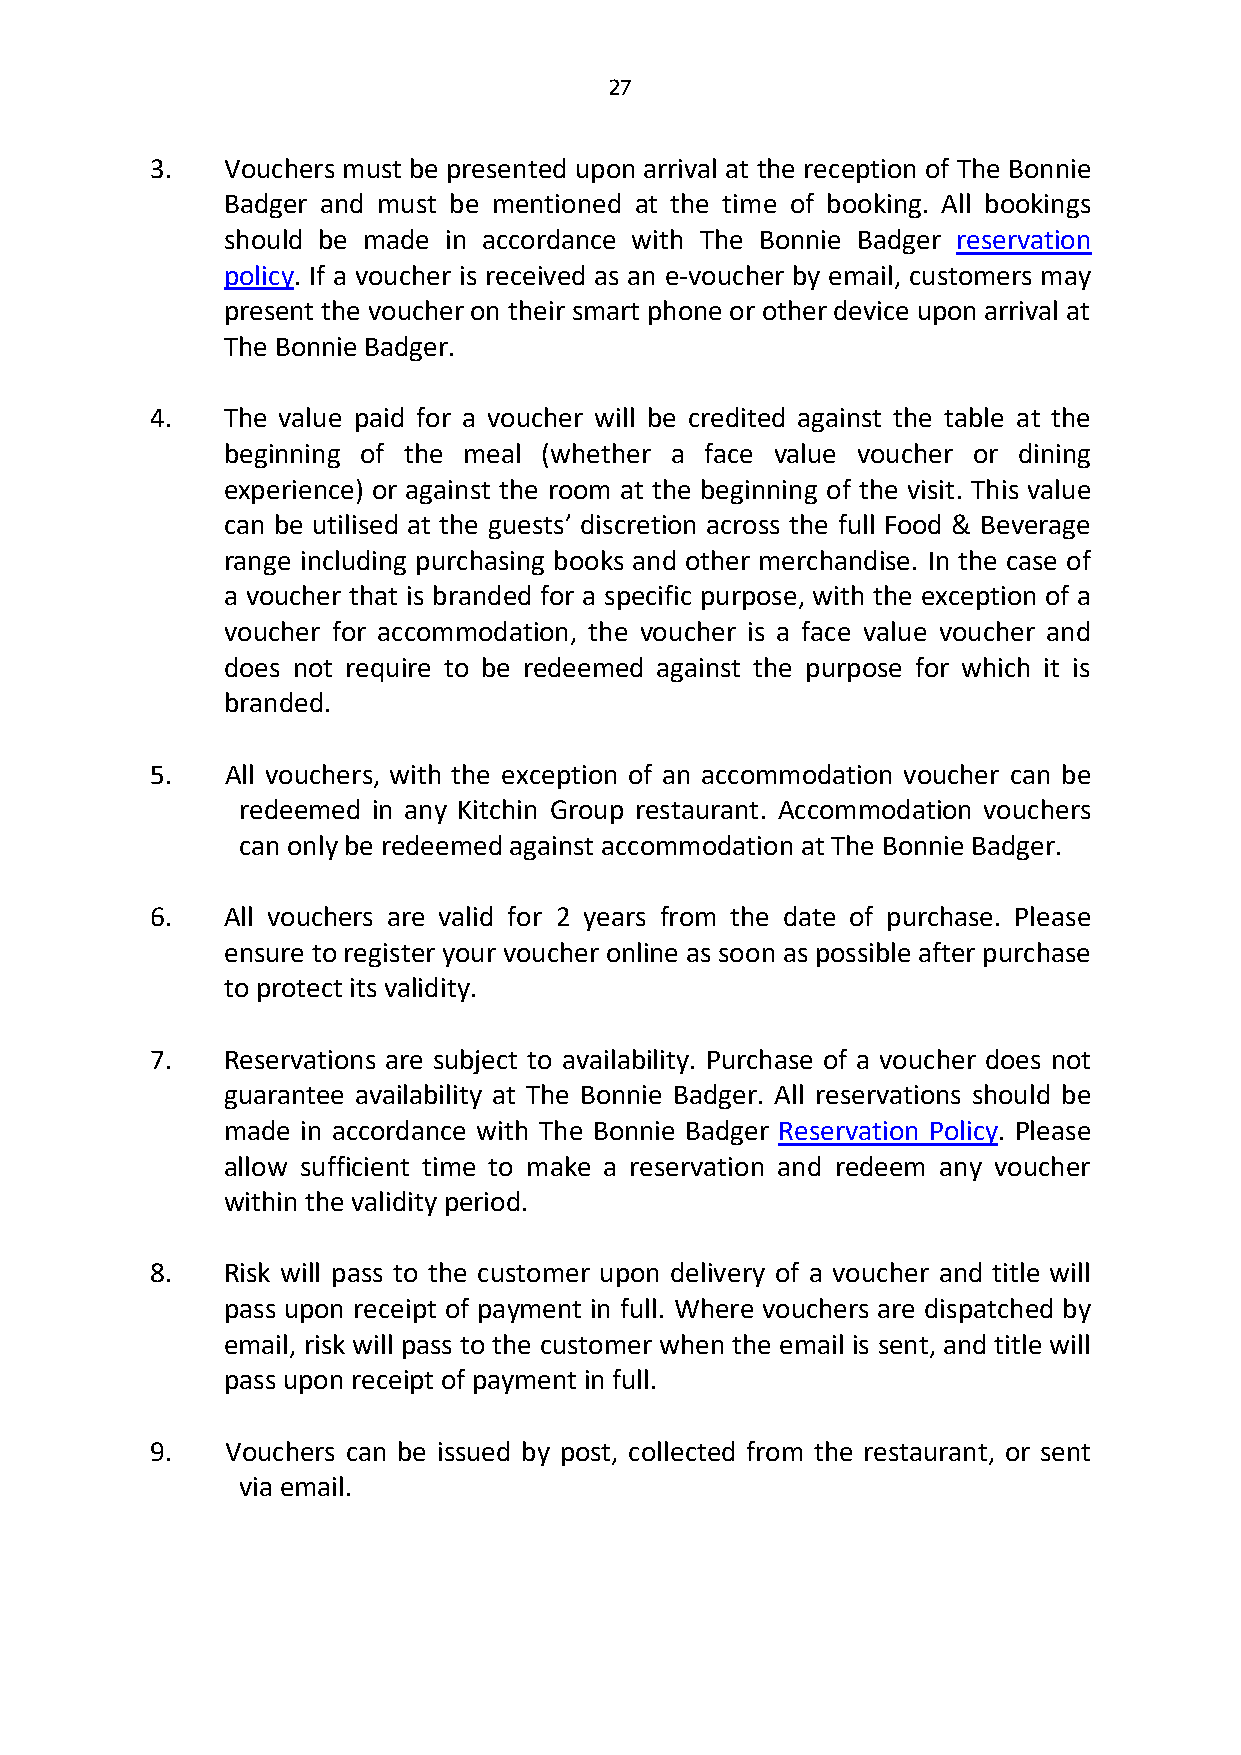
27
 3.   Vouchers must be presented upon arrival at the reception of The Bonnie
 Badger and must be mentioned at the time of booking. All bookings
 should be made in accordance with The Bonnie Badger reservation
 policy. If a voucher is received as an e-voucher by email, customers may
 present the voucher on their smart phone or other device upon arrival at
 The Bonnie Badger.
 4.   The value paid for a voucher will be credited against the table at the
 beginning of the meal (whether a face value voucher or dining
 experience) or against the room at the beginning of the visit. This value
 can be utilised at the guests’ discretion across the full Food & Beverage
 range including purchasing books and other merchandise. In the case of
 a voucher that is branded for a specific purpose, with the exception of a
 voucher for accommodation, the voucher is a face value voucher and
 does not require to be redeemed against the purpose for which it is
 branded.
 5.   All vouchers, with the exception of an accommodation voucher can be
 redeemed in any Kitchin Group restaurant. Accommodation vouchers
 can only be redeemed against accommodation at The Bonnie Badger.
 6.   All vouchers are valid for 2 years from the date of purchase. Please
 ensure to register your voucher online as soon as possible after purchase
 to protect its validity.
 7.   Reservations are subject to availability. Purchase of a voucher does not
 guarantee availability at The Bonnie Badger. All reservations should be
 made in accordance with The Bonnie Badger Reservation Policy. Please
 allow sufficient time to make a reservation and redeem any voucher
 within the validity period.
 8.   Risk will pass to the customer upon delivery of a voucher and title will
 pass upon receipt of payment in full. Where vouchers are dispatched by
 email, risk will pass to the customer when the email is sent, and title will
 pass upon receipt of payment in full.
 9.   Vouchers can be issued by post, collected from the restaurant, or sent
 via email.